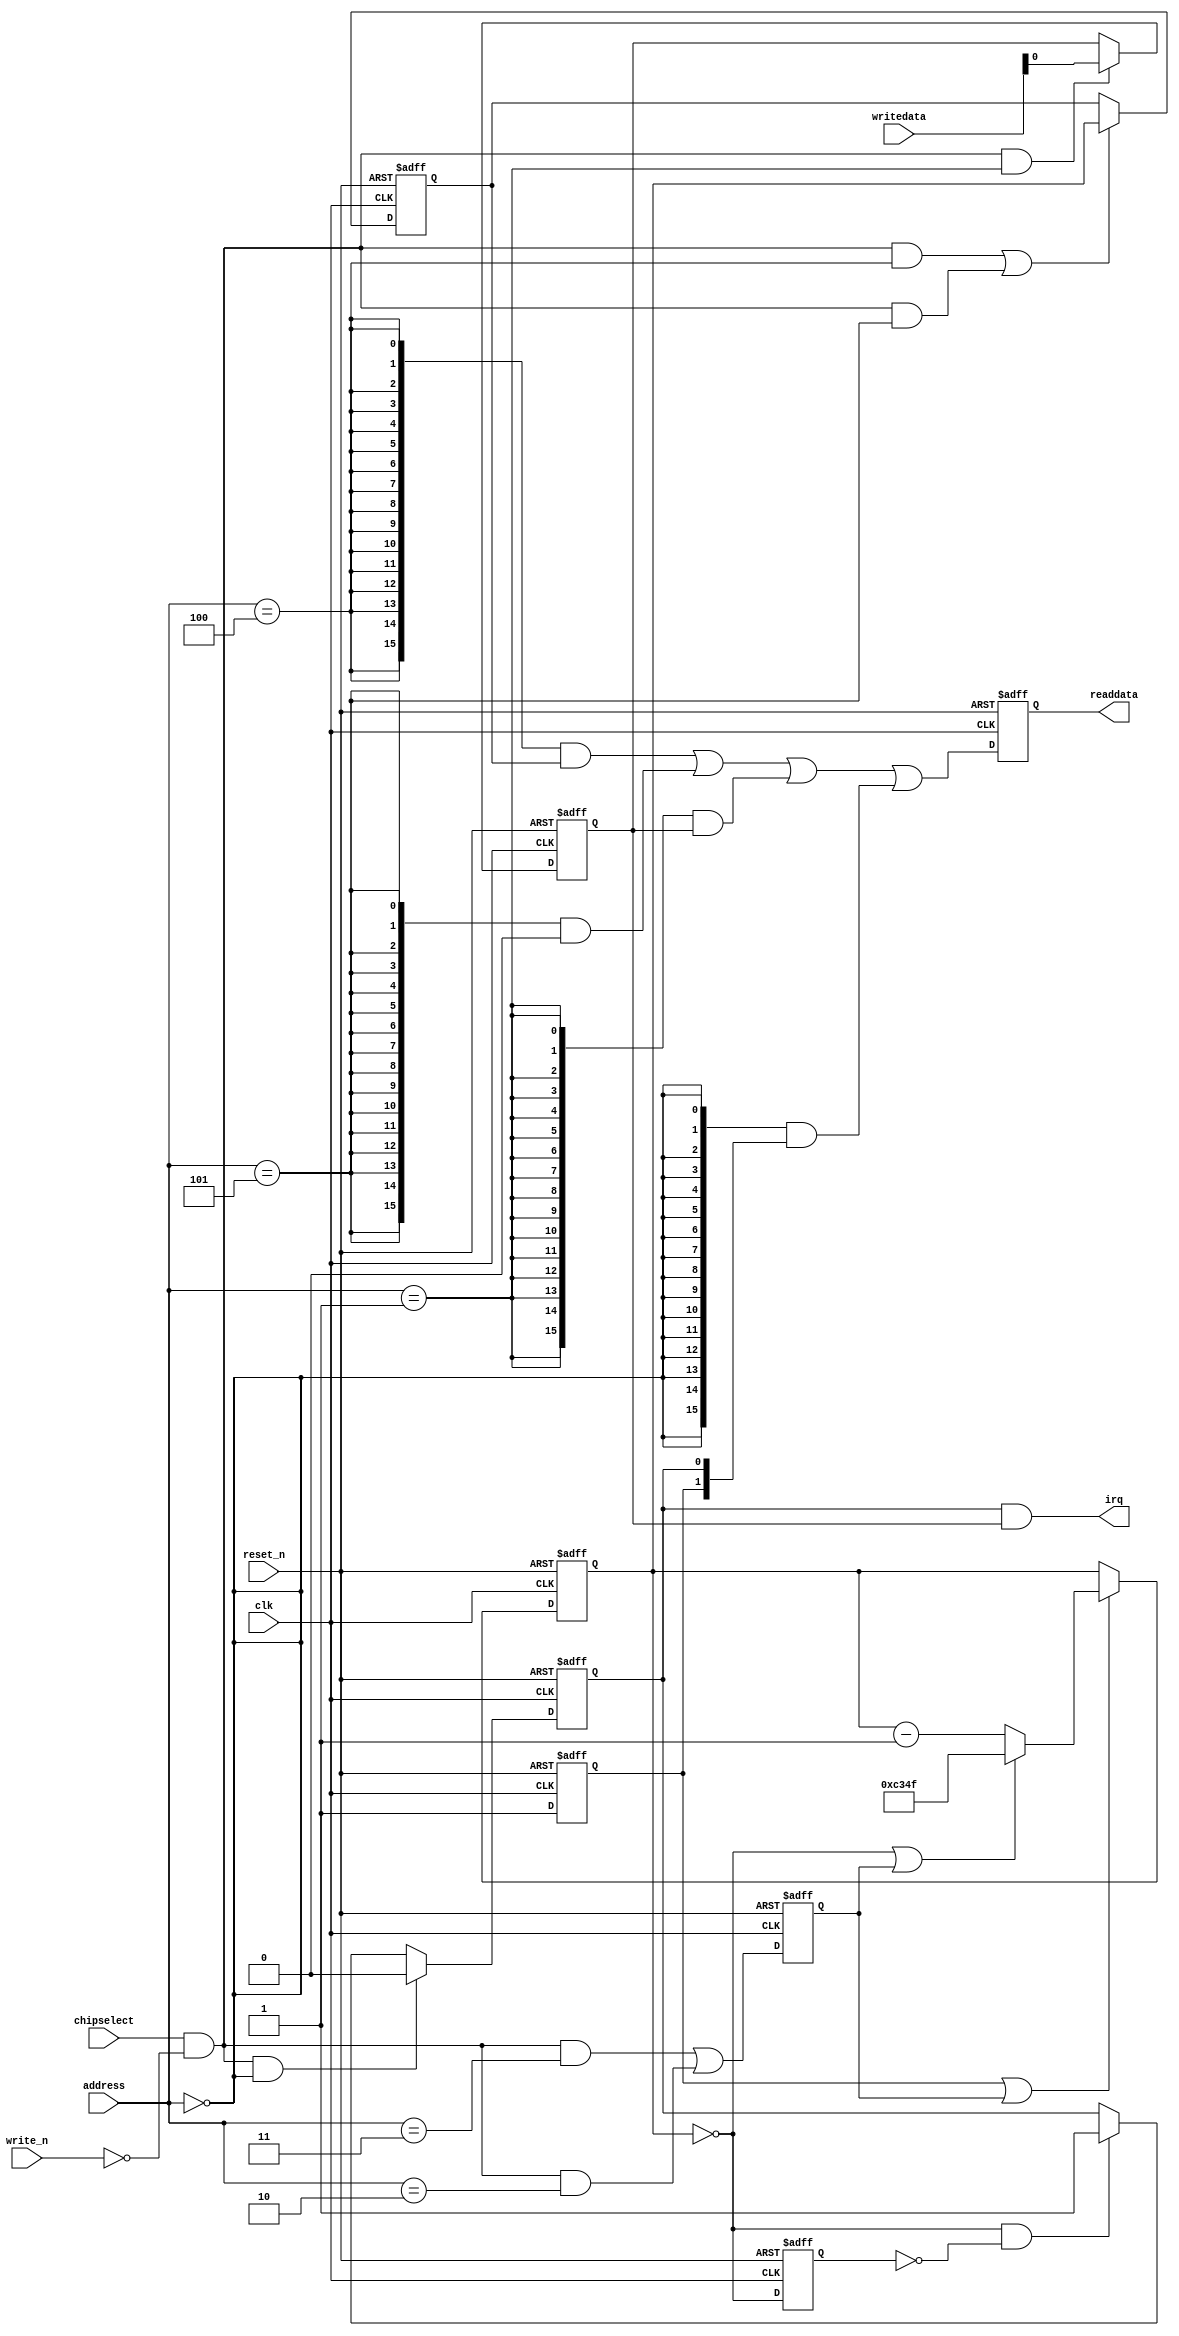
module timer (
               // inputs:
                address,
                chipselect,
                clk,
                reset_n,
                write_n,
                writedata,

               // outputs:
                irq,
                readdata
             )
;

  output           irq;
  output  [ 15: 0] readdata;
  input   [  2: 0] address;
  input            chipselect;
  input            clk;
  input            reset_n;
  input            write_n;
  input   [ 15: 0] writedata;

  wire             clk_en;
  wire             control_interrupt_enable;
  reg              control_register;
  wire             control_wr_strobe;
  reg              counter_is_running;
  wire             counter_is_zero;
  wire    [ 15: 0] counter_load_value;
  reg     [ 15: 0] counter_snapshot;
  reg              delayed_unxcounter_is_zeroxx0;
  wire             do_start_counter;
  wire             do_stop_counter;
  reg              force_reload;
  reg     [ 15: 0] internal_counter;
  wire             irq;
  wire             period_h_wr_strobe;
  wire             period_l_wr_strobe;
  wire    [ 15: 0] read_mux_out;
  reg     [ 15: 0] readdata;
  wire             snap_h_wr_strobe;
  wire             snap_l_wr_strobe;
  wire    [ 31: 0] snap_read_value;
  wire             snap_strobe;
  wire             status_wr_strobe;
  wire             timeout_event;
  reg              timeout_occurred;
  assign clk_en = 1;
  always @(posedge clk or negedge reset_n)
    begin
      if (reset_n == 0)
          internal_counter <= 16'hC34F;
      else if (counter_is_running || force_reload)
          if (counter_is_zero    || force_reload)
              internal_counter <= counter_load_value;
          else 
            internal_counter <= internal_counter - 1;
    end


  assign counter_is_zero = internal_counter == 0;
  assign counter_load_value = 16'hC34F;
  always @(posedge clk or negedge reset_n)
    begin
      if (reset_n == 0)
          force_reload <= 0;
      else if (clk_en)
          force_reload <= period_h_wr_strobe || period_l_wr_strobe;
    end


  assign do_start_counter = 1;
  assign do_stop_counter = 0;
  always @(posedge clk or negedge reset_n)
    begin
      if (reset_n == 0)
          counter_is_running <= 1'b0;
      else if (clk_en)
          if (do_start_counter)
              counter_is_running <= -1;
          else if (do_stop_counter)
              counter_is_running <= 0;
    end


  //delayed_unxcounter_is_zeroxx0, which is an e_register
  always @(posedge clk or negedge reset_n)
    begin
      if (reset_n == 0)
          delayed_unxcounter_is_zeroxx0 <= 0;
      else if (clk_en)
          delayed_unxcounter_is_zeroxx0 <= counter_is_zero;
    end


  assign timeout_event = (counter_is_zero) & ~(delayed_unxcounter_is_zeroxx0);
  always @(posedge clk or negedge reset_n)
    begin
      if (reset_n == 0)
          timeout_occurred <= 0;
      else if (clk_en)
          if (status_wr_strobe)
              timeout_occurred <= 0;
          else if (timeout_event)
              timeout_occurred <= -1;
    end


  assign irq = timeout_occurred && control_interrupt_enable;
  //s1, which is an e_avalon_slave
  assign read_mux_out = ({16 {(address == 4)}} & snap_read_value[15 : 0]) |
    ({16 {(address == 5)}} & snap_read_value[31 : 16]) |
    ({16 {(address == 1)}} & control_register) |
    ({16 {(address == 0)}} & {counter_is_running,
    timeout_occurred});

  always @(posedge clk or negedge reset_n)
    begin
      if (reset_n == 0)
          readdata <= 0;
      else if (clk_en)
          readdata <= read_mux_out;
    end


  assign period_l_wr_strobe = chipselect && ~write_n && (address == 2);
  assign period_h_wr_strobe = chipselect && ~write_n && (address == 3);
  assign snap_l_wr_strobe = chipselect && ~write_n && (address == 4);
  assign snap_h_wr_strobe = chipselect && ~write_n && (address == 5);
  assign snap_strobe = snap_l_wr_strobe || snap_h_wr_strobe;
  always @(posedge clk or negedge reset_n)
    begin
      if (reset_n == 0)
          counter_snapshot <= 0;
      else if (snap_strobe)
          counter_snapshot <= internal_counter;
    end


  assign snap_read_value = counter_snapshot;
  assign control_wr_strobe = chipselect && ~write_n && (address == 1);
  always @(posedge clk or negedge reset_n)
    begin
      if (reset_n == 0)
          control_register <= 0;
      else if (control_wr_strobe)
          control_register <= writedata[0];
    end


  assign control_interrupt_enable = control_register;
  assign status_wr_strobe = chipselect && ~write_n && (address == 0);

endmodule